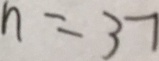
n = 3 7